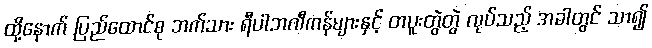
ထို့နောက် ပြည်ထောင်စု ဘက်သား ရီပါဘလီကန်များနှင့် တပူးတွဲတွဲ လုပ်သည့် အခါတွင် သာ၍